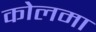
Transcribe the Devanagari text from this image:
कोलमा